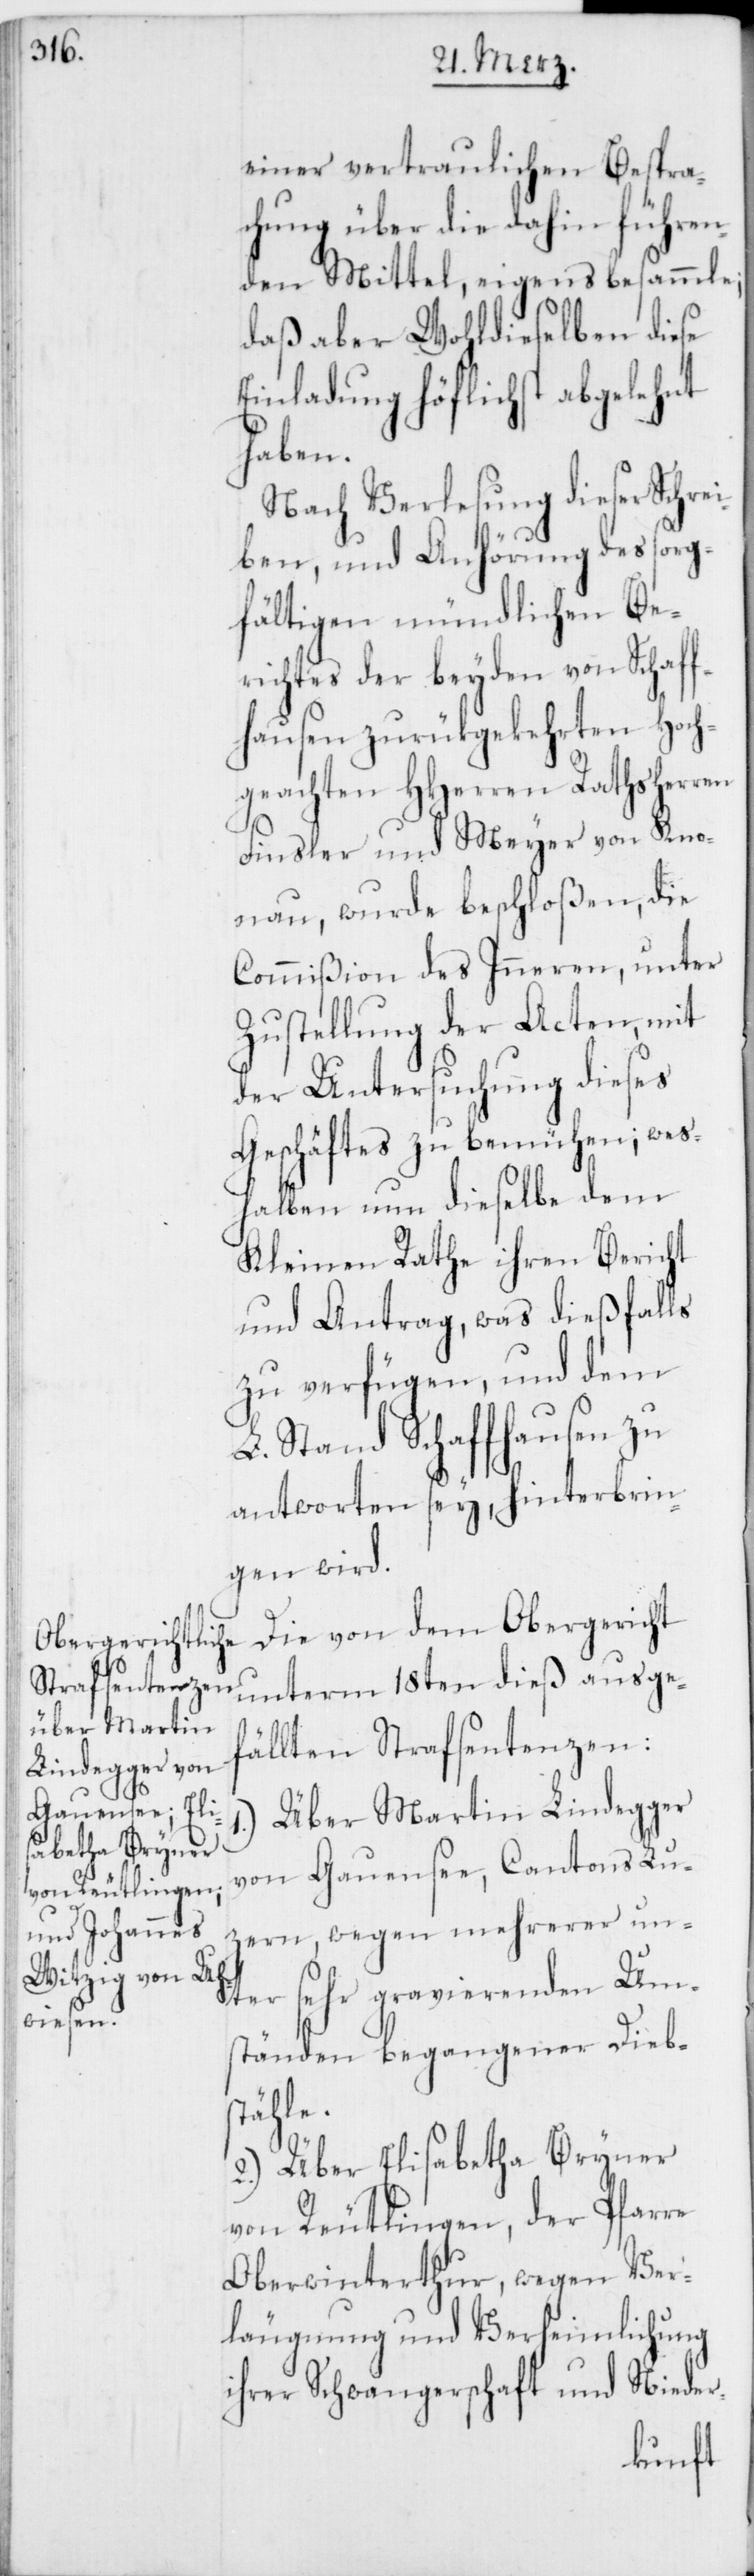
einer vertraulichen Bespre¬
chung über die dahin führen¬
den Mittel, eigens besammle;
daß aber Wohldieselben diese
Einladung höflichst abgelehnt
haben.
Nach Verlesung dieser Schrei¬
ben, und Anhörung des sorg¬
fältigen mündlichen Be¬
richtes der beyden von Schaff¬
hausen zurükgekehrten Hoch¬
geachten HHerren Rathsherren
Finsler und Meyer von Kno¬
nau, wurde beschloßen, die
Commißion des Inneren, unter
Zustellung der Acten, mit
der Untersuchung dieses
Geschäftes zu bemühen; wes¬
halben nun dieselbe dem
Kleinen Rathe ihren Bericht
und Antrag, was dießfalls
zu verfügen, und dem
L. Stand Schaffhausen zu
antworten sey, hinterbrin¬
gen wird.
Die von dem Obergericht
unterm 18ten dieß ausge¬
fällten Strafsentenzen:
Über Martin Lindegger
von Gauensee, Cantons Luz¬
ern, wegen mehrerer un¬
ter sehr gravierenden Um¬
ständen begangener Diebs¬
tähle.
2.) Über Elisabetha Bryner
von Reutlingen, der Pfarre
Oberwinterthur, wegen Ver¬
leugnung und Verheimlichung
ihrer Schwangerschaft und Nieder-